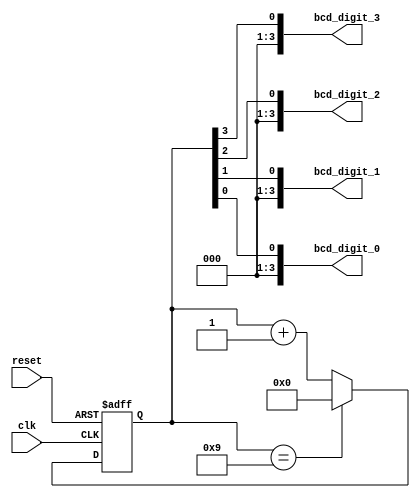
module bcd_counter (
    input wire clk,
    input wire reset,
    output reg [3:0] bcd_digit_3,
    output reg [3:0] bcd_digit_2,
    output reg [3:0] bcd_digit_1,
    output reg [3:0] bcd_digit_0
);

reg [3:0] count;

always @(posedge clk or posedge reset) begin
    if (reset) begin
        count <= 4'b0000;
    end else begin
        if (count == 4'b1001) begin
            count <= 4'b0000;
        end else begin
            count <= count + 4'b0001;
        end
    end
end

assign bcd_digit_3 = count[3];
assign bcd_digit_2 = count[2];
assign bcd_digit_1 = count[1];
assign bcd_digit_0 = count[0];

endmodule